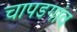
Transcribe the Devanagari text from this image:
चापडगांव